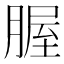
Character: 腛